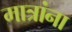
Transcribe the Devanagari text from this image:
मात्रांना